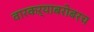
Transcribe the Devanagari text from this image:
वारकऱ्याबरोबरच